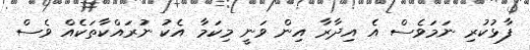
ފާޅުކުރި ނަމަވެސް އެ އިދާރާ އިން ވަނީ މިކަމާ އެކު ނުރައްކާތަކެއް ވެސް